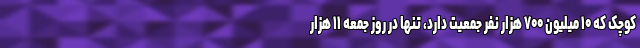
کوچک که ۱۰ میلیون ۷۰۰ هزار نفر جمعیت دارد، تنها در روز جمعه ۱۱ هزار